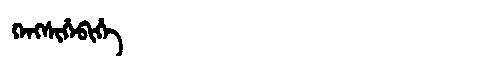
Manchu: ᡴᡝᠩᠰᡳᡥᡝᠪᡳᡥᡝ
Romanization: KENGSIHEBIHE